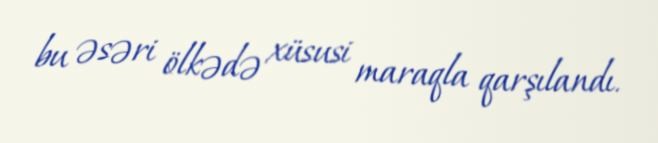
bu əsəri ölkədə xüsusi maraqla qarşılandı.